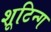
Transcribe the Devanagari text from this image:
शूटिन्ग